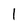
Character: 1